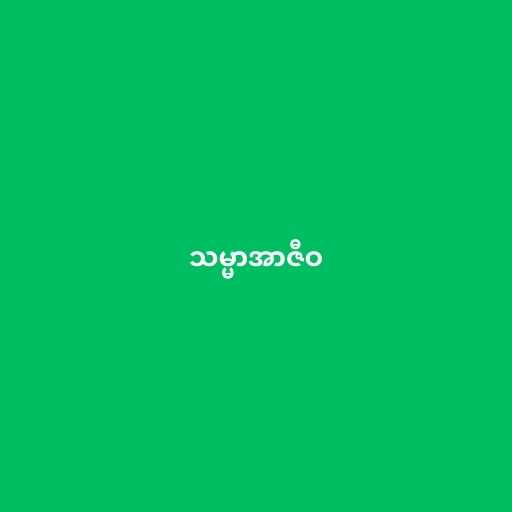
သမ္မာအာဇီဝ